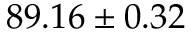
8 9 . 1 6 \pm 0 . 3 2 \